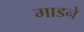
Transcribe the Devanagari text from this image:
माडने